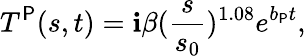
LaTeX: T^{\mathsf{P}}(s,t)=\mathbf{i}\beta(\frac{{s}}{{s_{0}}})^{1.08}e^{b_{\mathsf{P}}t},